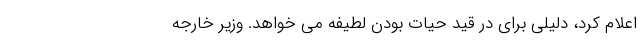
اعلام کرد، دلیلی برای در قید حیات بودن لطیفه می خواهد. وزیر خارجه